Leningradi_Edasi_toimetus, lk 74
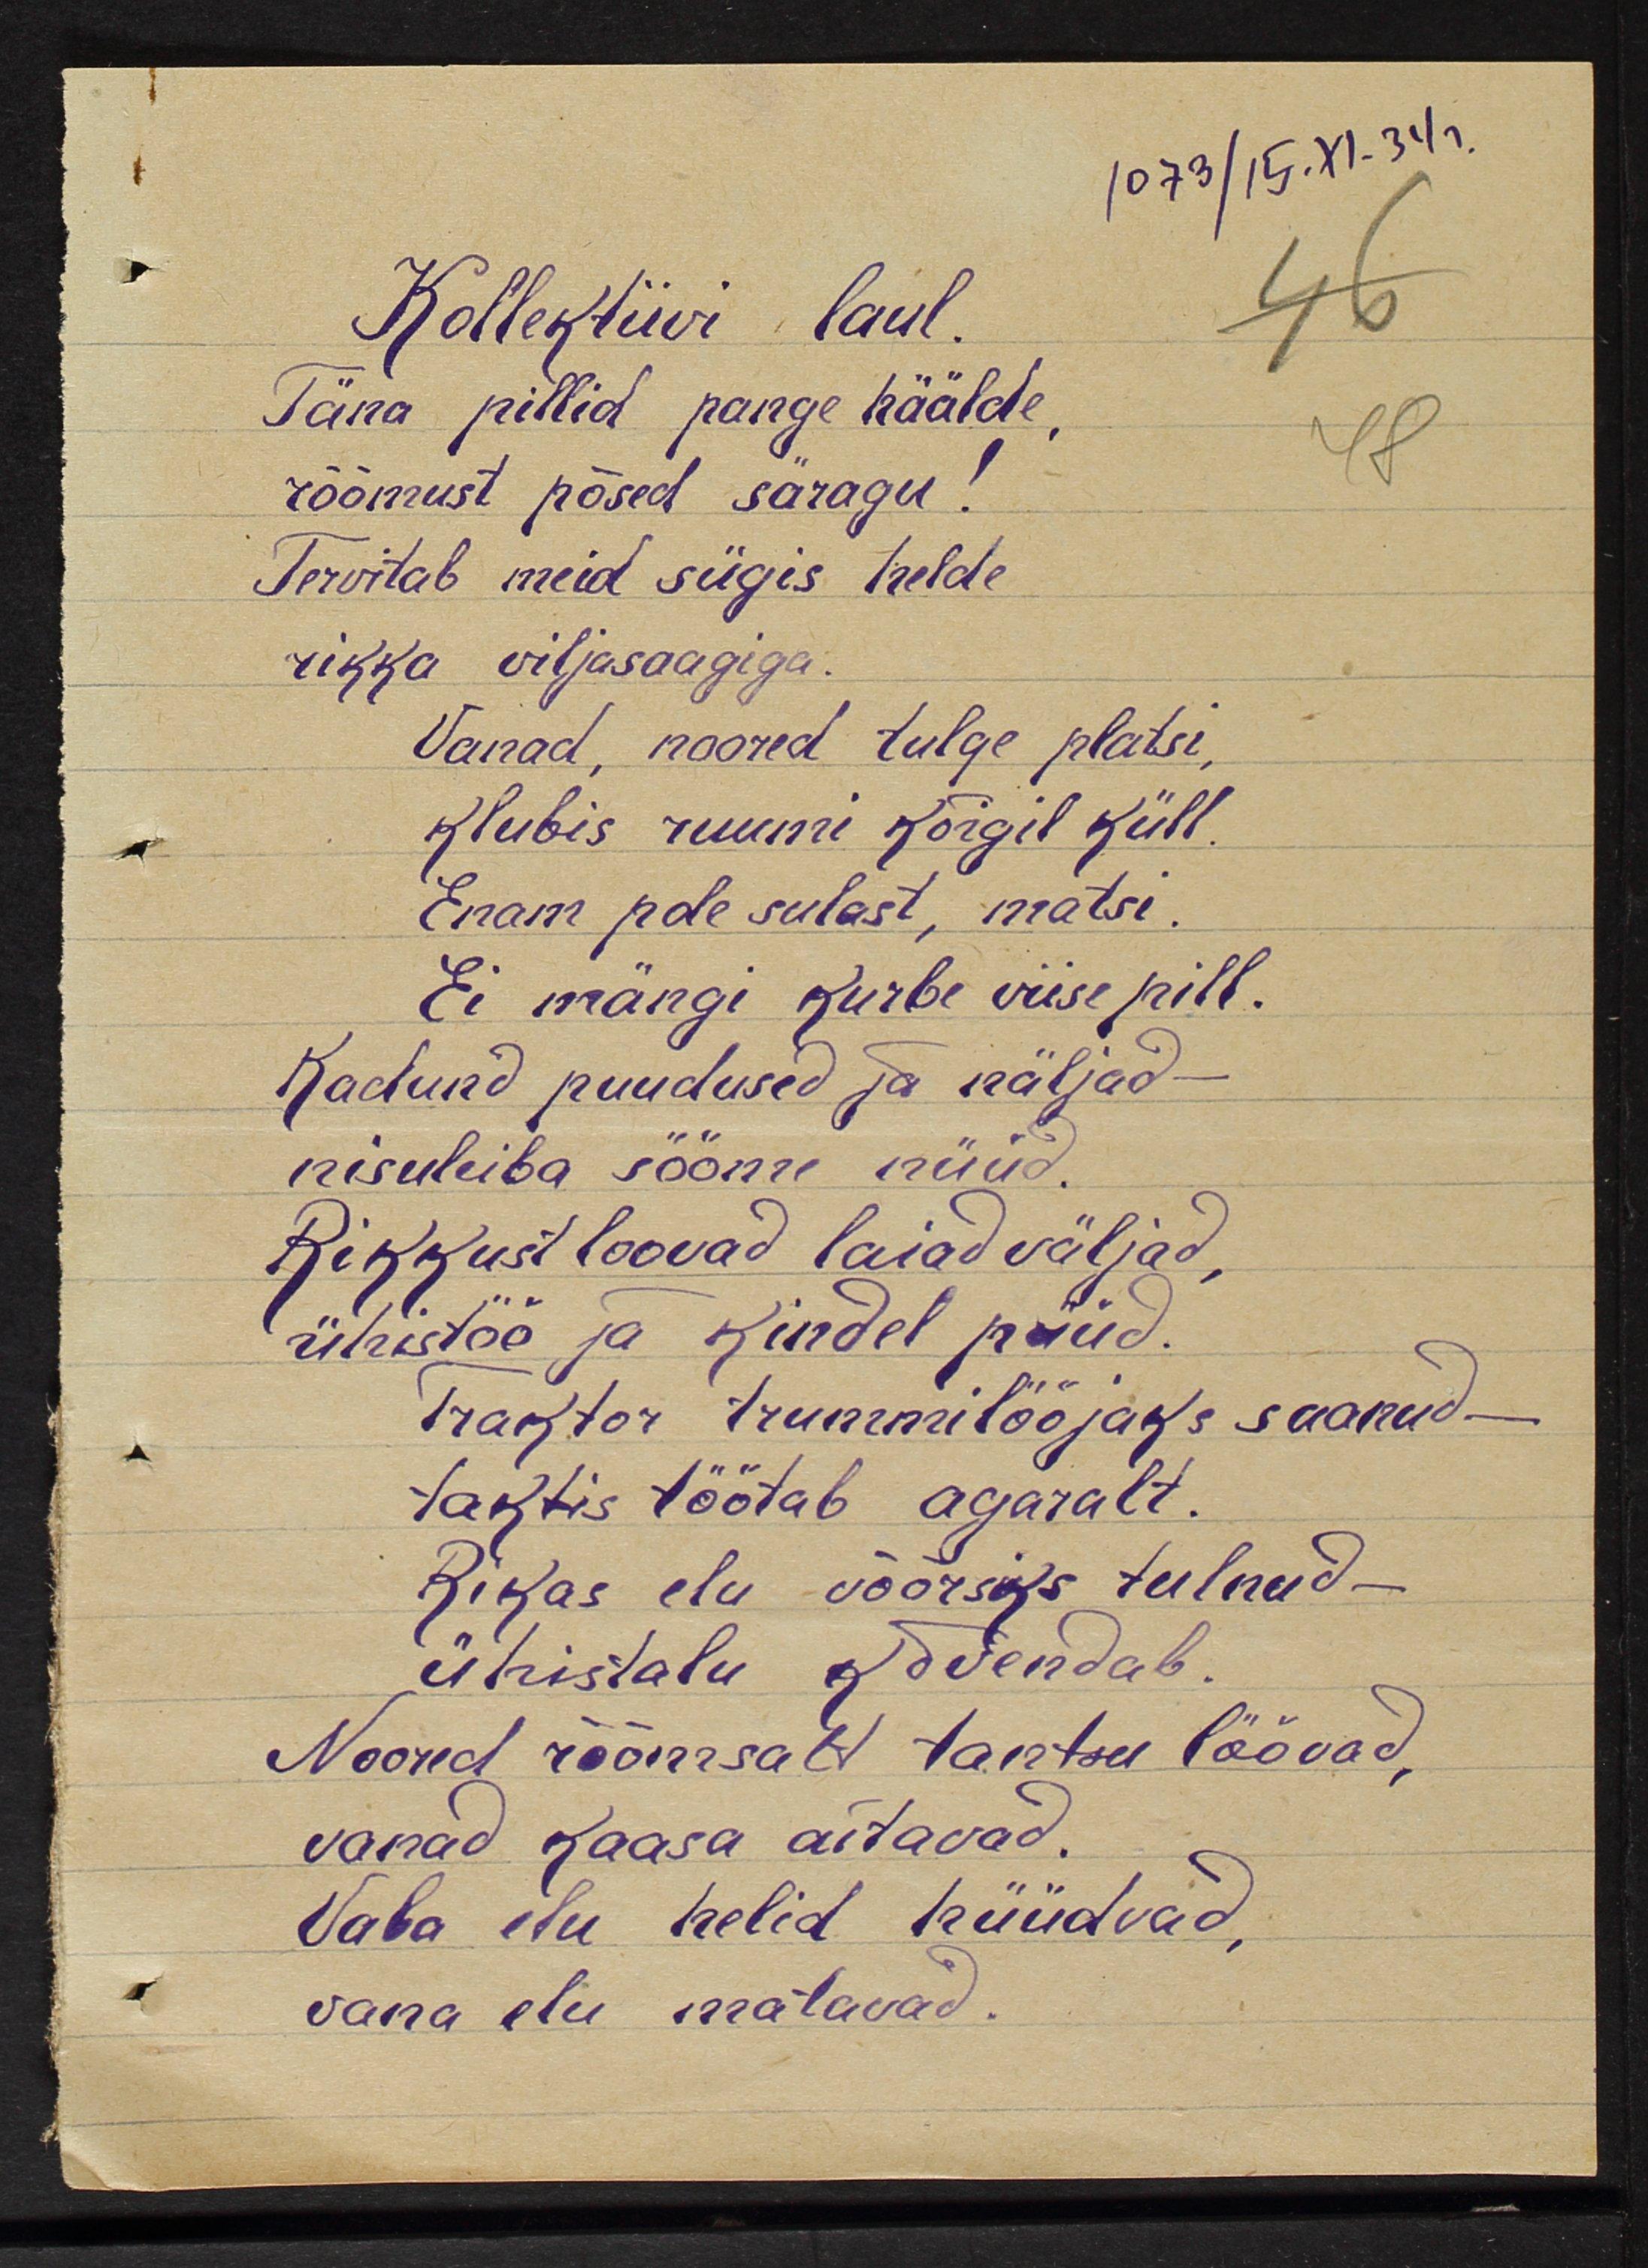
1073/15.Xi.34г
Kollektiivi laul
Täna pillid pange häälde
rõõmust põsed säragu!
Tervitab meid sügis helde
rikka viljasaagiga
Vanad, noored tulge platsi,
Klubis ruumi kõigil küll
Enam pole sulast, matsi.
Ei mängi kurbe viise pill.
Kadunud puudused ja näljad -
nisuleiba sööme nüüd.
Rikkusi loovad laiad väljad
ühistöö ja kindel püüd.
Traktor trummilööjaks saanud
taktis töötab agaralt.
Rikas elu võõrsiks tulnud-
ühistalu kõvendab
Noored rõõmsalt tantsu löövad
vanad kaasa aitavad
Vaba elu helid hüüdvad
vana elu matavad
matavad